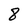
Character: 8